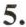
5.